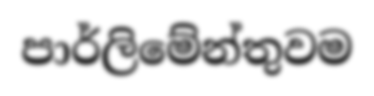
පාර්ලිමේන්තුවම